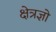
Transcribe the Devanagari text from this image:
क्षेत्रज्ञो